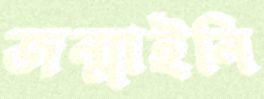
জন্মাইনি